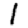
Digit: 1